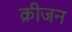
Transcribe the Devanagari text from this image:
क्रीजन